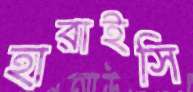
হারাইসি